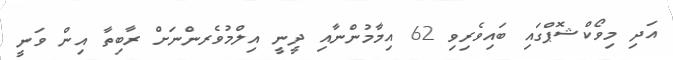
އަދި މިވޯކްޝޮޕްގައި ބައިވެރިވި 62 އިމާމުންނާއި ދީނީ އިލްމުވެރންނަށް ރާބިތާ އިން ވަނީ